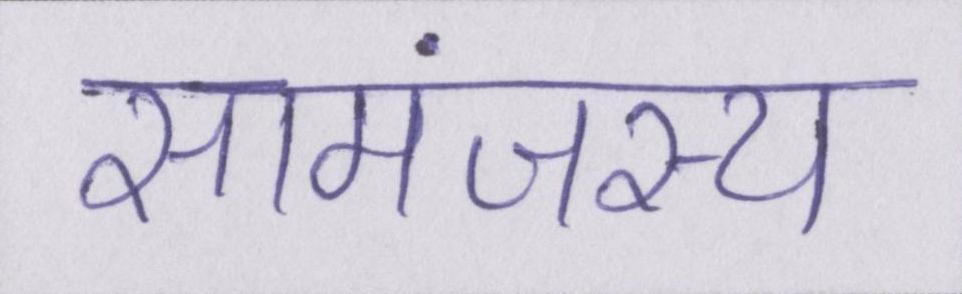
सामंजस्य